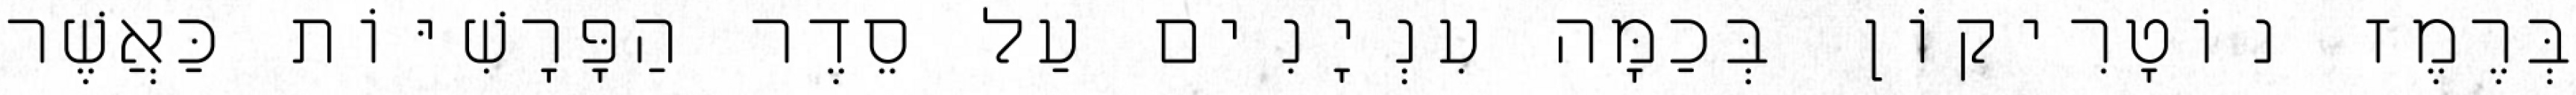
בְּרֶמֶז נוֹטָרִיקוֹן בְּכַמָּה עִנְיָנִים עַל סֵדֶר הַפָּרָשִׁיּוֹת כַּאֲשֶׁר